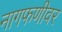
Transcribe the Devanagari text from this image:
नागफणीवर